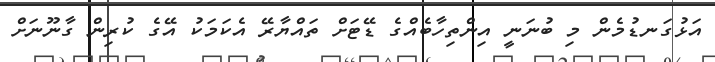
އަޅުގަނޑުމެން މި ބުނަނީ އިންތިހާބެއްގެ ޑޭޓަށް ތައްޔާރޭ އެކަމަކު އޭގެ ކުރިން ގާނޫނަށް